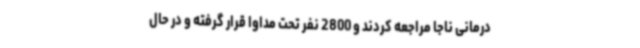
درمانی ناجا مراجعه کردند و 2800 نفر تحت مداوا قرار گرفته و در حال